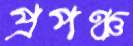
প্রপঞ্চ